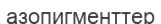
азопигменттер